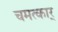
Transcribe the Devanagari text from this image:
चमत्कार्